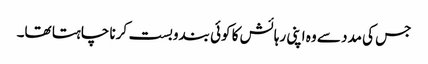
جس کی مدد سے وہ اپنی رہائش کا کوئی بندوبست کرنا چاہتا تھا۔